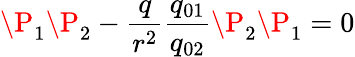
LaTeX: \P_{1}\P_{2}-{\frac{q}{r^{2}}}{\frac{q_{01}}{q_{02}}}\P_{2}\P_{1}=0